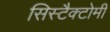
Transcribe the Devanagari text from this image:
सिस्टैक्टोमी